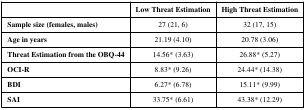
<table><thead><tr><td></td><td><b>Low Threat Estimation</b></td><td><b>High Threat Estimation</b></td></tr></thead><tbody><tr><td><b>Sample size (females, males)</b></td><td>27 (21, 6)</td><td>32 (17, 15)</td></tr><tr><td><b>Age in years</b></td><td>21.19 (4.10)</td><td>20.78 (3.06)</td></tr><tr><td><b>Threat Estimation from the OBQ-44</b></td><td>14.56* (3.63)</td><td>26.88* (5.27)</td></tr><tr><td><b>OCI-R</b></td><td>8.83* (9.26)</td><td>24.44* (14.38)</td></tr><tr><td><b>BDI</b></td><td>6.27* (6.78)</td><td>15.11* (9.99)</td></tr><tr><td><b>SAI</b></td><td>33.75* (6.61)</td><td>43.38* (12.29)</td></tr></tbody></table>